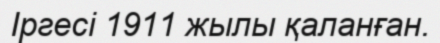
Іргесі 1911 жылы қаланған.